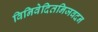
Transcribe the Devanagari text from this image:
विनिवेदितनिजवदन